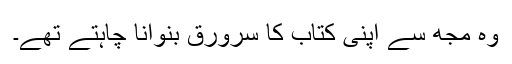
وہ مجھ سے اپنی کتاب کا سرورق بنوانا چاہتے تھے۔